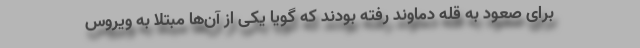
برای صعود به قله دماوند رفته بودند که گویا یکی از آن‌ها مبتلا به ویروس